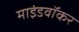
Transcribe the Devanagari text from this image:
माइंडवॉकर